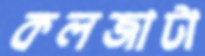
কলজাটা